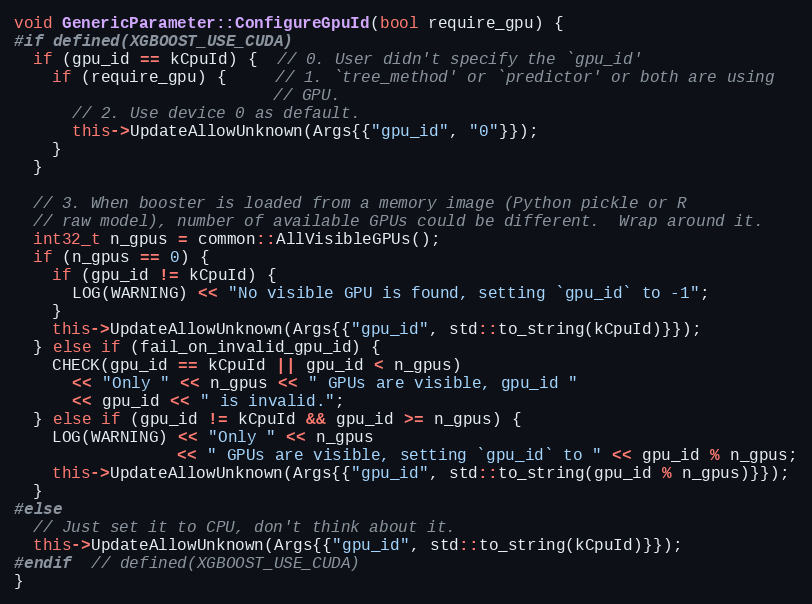
Language: C++
void GenericParameter::ConfigureGpuId(bool require_gpu) {
#if defined(XGBOOST_USE_CUDA)
  if (gpu_id == kCpuId) {  // 0. User didn't specify the `gpu_id'
    if (require_gpu) {     // 1. `tree_method' or `predictor' or both are using
                           // GPU.
      // 2. Use device 0 as default.
      this->UpdateAllowUnknown(Args{{"gpu_id", "0"}});
    }
  }

  // 3. When booster is loaded from a memory image (Python pickle or R
  // raw model), number of available GPUs could be different.  Wrap around it.
  int32_t n_gpus = common::AllVisibleGPUs();
  if (n_gpus == 0) {
    if (gpu_id != kCpuId) {
      LOG(WARNING) << "No visible GPU is found, setting `gpu_id` to -1";
    }
    this->UpdateAllowUnknown(Args{{"gpu_id", std::to_string(kCpuId)}});
  } else if (fail_on_invalid_gpu_id) {
    CHECK(gpu_id == kCpuId || gpu_id < n_gpus)
      << "Only " << n_gpus << " GPUs are visible, gpu_id "
      << gpu_id << " is invalid.";
  } else if (gpu_id != kCpuId && gpu_id >= n_gpus) {
    LOG(WARNING) << "Only " << n_gpus
                 << " GPUs are visible, setting `gpu_id` to " << gpu_id % n_gpus;
    this->UpdateAllowUnknown(Args{{"gpu_id", std::to_string(gpu_id % n_gpus)}});
  }
#else
  // Just set it to CPU, don't think about it.
  this->UpdateAllowUnknown(Args{{"gpu_id", std::to_string(kCpuId)}});
#endif  // defined(XGBOOST_USE_CUDA)
}